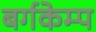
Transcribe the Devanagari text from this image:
बर्गकेम्प